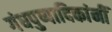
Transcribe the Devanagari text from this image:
गंधपुष्पादिकांनीं